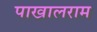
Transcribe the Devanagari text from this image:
पाखालराम